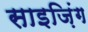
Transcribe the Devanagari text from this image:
साइज़िंग